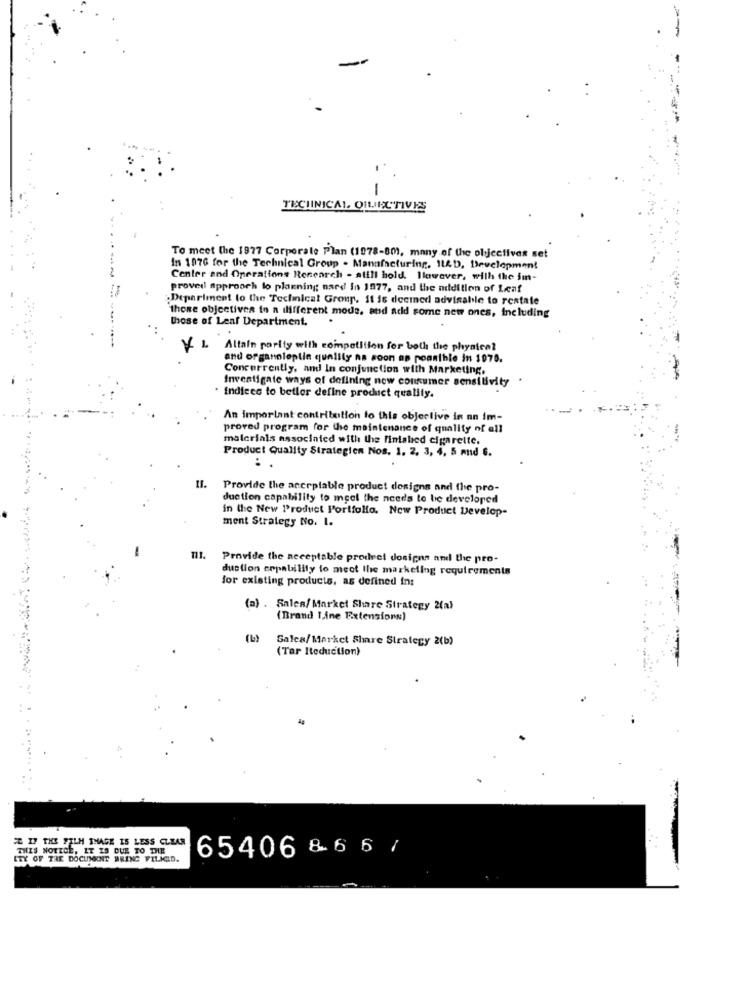
-
TECHNICAL OILACTIVES
To meet the 1977 Corporale Plan (1978-80), many of the objectives set
In 1976 for the Technical Group . Manufacturing, 114D, Development
Center and Operations Research - atill hold. However, with the im-
provedl approach to planning used In 1977, and the addition of Leaf
Department to the Technical Group. it is deemed advisable to restate
those objectives to a different mode, and add some new ones, Including
those of Leaf Department,
Y L Altain parity with competition for both the physical
and organoleptis quality na soon as poanible in 1970.
Concurrently, and In conjunction with Marketing,
Investigate ways of defining new consumer sensitivity
. Indices to betler define product quality.
An important contribution to this objective in an im-
proved program for the maintenance of quality of all
materials associated with the finished cigarette.
Product Quality Strategien Nos. 1. 2. 3, 4, 5 and 6.
:
Provide the acceptable product designs and the pro-
duction capability to meet the needs to be developed
in the New Product Portfolio. New Product Develop-
ment Strategy No. 1.
Provide the acceptable prodeet dosigns and the pro-
duction cepability to meet the marketing requirements
for existing products, as defined in:
(a) . Salen/ Market Share Strategy 2(a)
(Brand I,ine Extensions:)
(L)
Salea/Market Share Strategy 2(b)
(Tar Iteduction)
IT IS THE FILM THAGE IS LESS CLEAR
THIS NOTICE, IT IS DUE TO THE
65406 & 6 6 7
ETY OF THE DOCUMENT BRING FILICID.